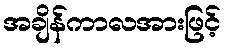
အချိန်ကာလအားဖြင့်